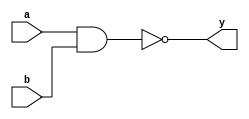
module _nand2(a, b, y);		// declare 2 input nand module
	input a,b;		// define 2 inputs
	output y;		// define 1 output
	
	assign y = ~(a & b);		// assign output of 2 input nand gate
	
endmodule
	
module _inv(a, y);		// declare inverter module
	input a;		// define 1 input
	output y;		// define 1 output to save inverted input
	
	assign y = ~a;		// inverting input
	
endmodule